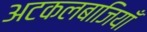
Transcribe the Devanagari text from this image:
अटकलबाजियाँ